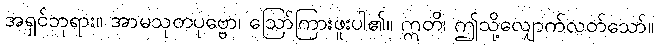
အရှင်ဘုရား။ အာမသုတပုဗ္ဗော၊ ဩော်ကြားဖူးပါ၏။ ဣတိ၊ ဤသို့လျှောက်လတ်သော်။